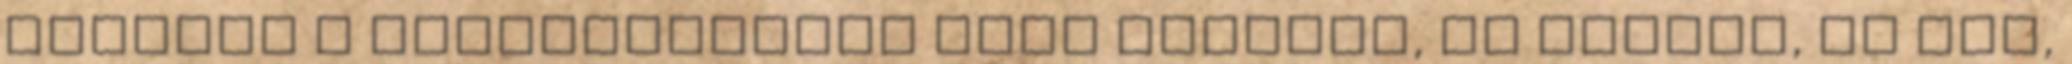
Azonnal a gyerekosztály felé indulok, ha jönnek, ha nem,